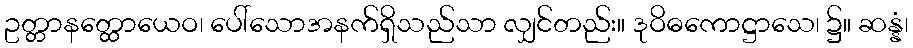
ဥတ္တာနတ္ထောယေဝ၊ ပေါ်သောအနက်ရှိသည်သာ လျှင်တည်း။ ဒုဝိဓကောဋ္ဌာသေ၊ ၌။ ဆန္နံ၊